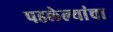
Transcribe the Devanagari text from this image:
पडलेल्यांचा